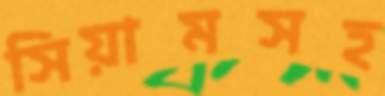
সিয়ামসহ